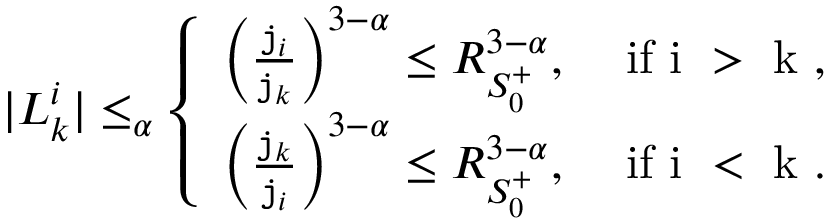
\begin{array} { r } { | L _ { k } ^ { i } | \le _ { \alpha } \left\{ \begin{array} { l l } { \left( \frac { \mathtt { j } _ { i } } { \mathtt { j } _ { k } } \right) ^ { 3 - \alpha } \le R _ { S _ { 0 } ^ { + } } ^ { 3 - \alpha } , } & { \mathrm { ~ i f ~ i ~ > ~ k ~ } , } \\ { \left( \frac { \mathtt { j } _ { k } } { \mathtt { j } _ { i } } \right) ^ { 3 - \alpha } \le R _ { S _ { 0 } ^ { + } } ^ { 3 - \alpha } , } & { \mathrm { ~ i f ~ i ~ < ~ k ~ } . } \end{array} \right. } \end{array}